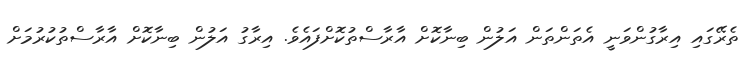
ތެރޭގައި އިރާގުންވަނީ އެތަންތަން އަލުން ބިނާކޮށް އާރާސްތުކޮށްފައެވެ. އިރާގު އަލުން ބިނާކޮށް އާރާސްތުކުރުމަށް